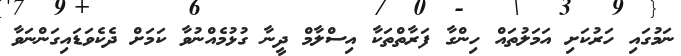
ނަމުގައި ހަރުކަށި އަމަލުތައް ހިންގާ ފަރާތްތަކާ އިސްލާމް ދީނާ ގުޅުމެއްނުވާ ކަމަށް ދެކެވަޑައިގަންނަވާ